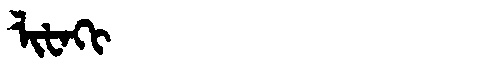
Manchu: ᠯᡳᡶᠠᡴᡳ
Romanization: LIFAKI